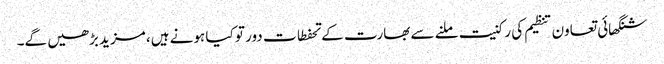
شنگھائی تعاون تنظیم کی رکنیت ملنے سے بھارت کے تحفطات دور تو کیا ہونے ہیں، مزید بڑھیں گے۔